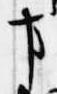
事